Lunatic asylums Central Provinces reports 1874-1885 - 1874-1885
Year: 1874
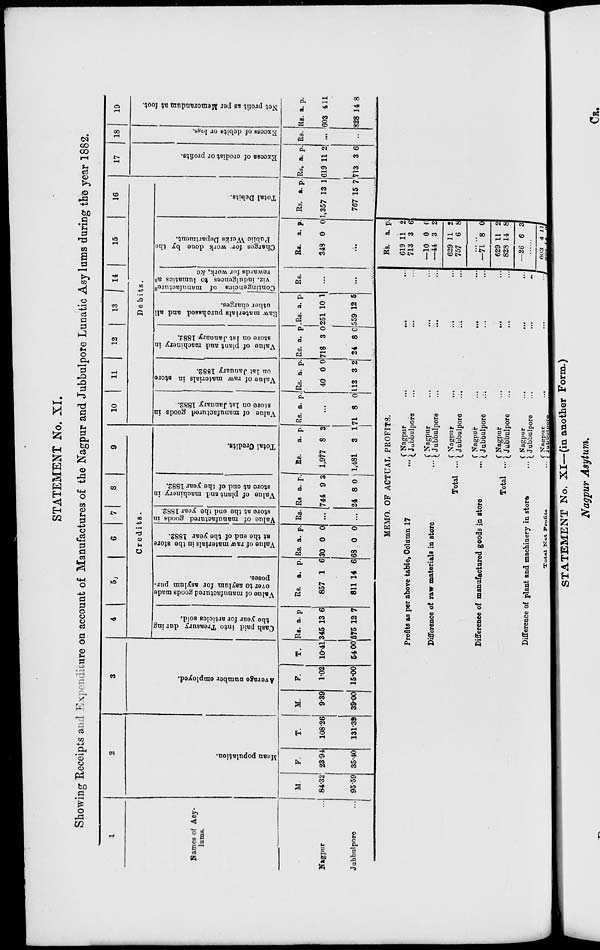
STATEMENT No. XI.
Showing Receipts and Expenditure on account of Manufactures of the Nagpur and Jubbulpore Lunatic Asylums during the year 1882.
1
Names of Asy-
lums.
Nagpur ...
Jubbulpore ...
2
Mean population.
M.
84.32
95.59
F.
23.94
35.40
T.
108.26
131.39
3
Average number employed.
M.
9.39
39.00
F.
1.02
15.00
T.
10.41
54.00
4
5
6
7
8
9
Credits.
Cash paid into Treasury during
the year for articles sold.
Rs.
345
575
a.
13
12
p.
6
7
Value of manufactured goods made
over to asylum for asylum pur-
poses.
Rs.
857
811
a.
1
14
p.
6
6
Value of raw materials in the store
at the end of the year 1882.
Rs
30
68
a.
0
0
p.
0
0
Value of manufactured goods in
store at the end the year 1882.
Rs.
...
...
Value of plant and machinery in
store at end of the year 1882.
Rs.
744
24
a.
9
8
p.
3
0
Total Credits.
Rs.
1,977
1,481
a.
8
3
p.
3
1
10
11
12
13
14
15
16
Debits.
Value of manufactured goods in
store on 1st January 1882.
Rs. a.
p.
...
71
8
0
Value of raw materials in store
on 1st January 1882.
Rs.
40
112
a.
0
3
p.
0
2
Value of plant and
machinery in
store on 1st January 1882.
Rs.
718
24
a.
3
8
p.
0
0
Raw materials purchased and all
other charges.
Rs.
251
559
a.
10
12
p.
1
5
Contingencies
of
manufactures
viz. indulgences to lunatics as
rewards for work, &c
Rs.
...
...
Charges for work done by the
Public Works Department.
Rs.
348
a.
0
p.
0
...
Total Debits.
Rs.
1,357
767
a.
13
15
p.
1
7
17
Excess of credist
or profits.
Rs.
619
713
a.
11
3
p.
2
6
18
Excess of debits or loss.
Rs.
...
...
19
Net profit as per Memorandum at foot.
Rs.
603
828
a.
4
14
p.
11
8
MEMO. OF ACTUAL
PROFITS.
Profits as per above table, Column 17 ...
Difference of raw materials in store ...
Total . . .
Difference of manufactured goods in store ...
Total . . .
Difference of plant and machinery in store ...
Total Net Profits ...
Nagpur
. . .
...
...
Jubbulpore ... ... ...
Nagpur
. . .
. . . ...
Jubbulpore
. . .
...
...
Nagpur
. . .
...
...
Jubbulpore
. . .
...
...
Nagpur
. . .
. . . ...
Jubbulpore ... ... ...
Nagpur
. . .
. . . ...
Jubbulpore ... ... ...
Nagpur ... ... ...
Jubbulpore ... ... ...
Nagpur
. . .
...
...
Jubbulpore ... ... ...
Rs.
619
713
—10
—44
629
757
a.
11
3
0
3
11
6
p.
2
6
0
2
2
8
......
—71
629
828
—26
8
11
14
6
0
2
8
3
......
603
828
4
14
11
8